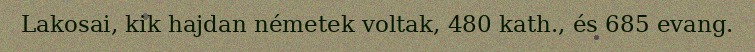
Lakosai, kik hajdan németek voltak, 480 kath., és 685 evang.